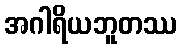
အဂါရိယဘူတဿ